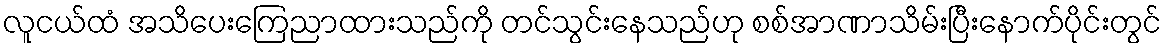
လူငယ်ထံ အသိပေးကြေညာထားသည်ကို တင်သွင်းနေသည်ဟု စစ်အာဏာသိမ်းပြီးနောက်ပိုင်းတွင်